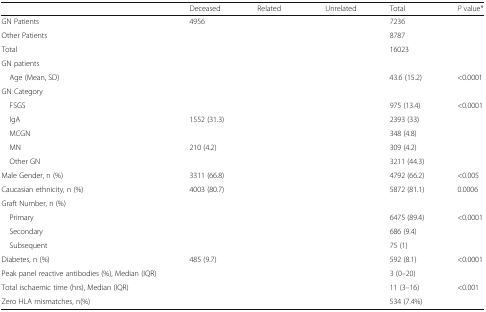
<table><thead><tr><td>[EMPTY_CELL]</td><td><b>Deceased</b></td><td><b>Related</b></td><td><b>Unrelated</b></td><td><b>Total</b></td><td><b><i>P</i> value*</b></td></tr></thead><tbody><tr><td>GN Patients</td><td>4956</td><td>[EMPTY_CELL]</td><td>[EMPTY_CELL]</td><td>7236</td><td>[EMPTY_CELL]</td></tr><tr><td>Other Patients</td><td>[EMPTY_CELL]</td><td>[EMPTY_CELL]</td><td>[EMPTY_CELL]</td><td>8787</td><td>[EMPTY_CELL]</td></tr><tr><td>Total</td><td>[EMPTY_CELL]</td><td>[EMPTY_CELL]</td><td>[EMPTY_CELL]</td><td>16023</td><td>[EMPTY_CELL]</td></tr><tr><td colspan="6">GN patients</td></tr><tr><td> Age (Mean, SD)</td><td>[EMPTY_CELL]</td><td>[EMPTY_CELL]</td><td>[EMPTY_CELL]</td><td>43.6 (15.2)</td><td>&lt;0.0001</td></tr><tr><td colspan="6">GN Category</td></tr><tr><td> FSGS</td><td>[EMPTY_CELL]</td><td>[EMPTY_CELL]</td><td>[EMPTY_CELL]</td><td>975 (13.4)</td><td>&lt;0.0001</td></tr><tr><td> IgA</td><td>1552 (31.3)</td><td>[EMPTY_CELL]</td><td>[EMPTY_CELL]</td><td>2393 (33)</td><td>[EMPTY_CELL]</td></tr><tr><td> MCGN</td><td>[EMPTY_CELL]</td><td>[EMPTY_CELL]</td><td>[EMPTY_CELL]</td><td>348 (4.8)</td><td>[EMPTY_CELL]</td></tr><tr><td> MN</td><td>210 (4.2)</td><td>[EMPTY_CELL]</td><td>[EMPTY_CELL]</td><td>309 (4.2)</td><td>[EMPTY_CELL]</td></tr><tr><td> Other GN</td><td>[EMPTY_CELL]</td><td>[EMPTY_CELL]</td><td>[EMPTY_CELL]</td><td>3211 (44.3)</td><td>[EMPTY_CELL]</td></tr><tr><td>Male Gender, n (%)</td><td>3311 (66.8)</td><td>[EMPTY_CELL]</td><td>[EMPTY_CELL]</td><td>4792 (66.2)</td><td>&lt;0.005</td></tr><tr><td>Caucasian ethnicity, n (%)</td><td>4003 (80.7)</td><td>[EMPTY_CELL]</td><td>[EMPTY_CELL]</td><td>5872 (81.1)</td><td>0.0006</td></tr><tr><td colspan="6">Graft Number, n (%)</td></tr><tr><td> Primary</td><td>[EMPTY_CELL]</td><td>[EMPTY_CELL]</td><td>[EMPTY_CELL]</td><td>6475 (89.4)</td><td>&lt;0.0001</td></tr><tr><td> Secondary</td><td>[EMPTY_CELL]</td><td>[EMPTY_CELL]</td><td>[EMPTY_CELL]</td><td>686 (9.4)</td><td>[EMPTY_CELL]</td></tr><tr><td> Subsequent</td><td>[EMPTY_CELL]</td><td>[EMPTY_CELL]</td><td>[EMPTY_CELL]</td><td>75 (1)</td><td>[EMPTY_CELL]</td></tr><tr><td>Diabetes, n (%)</td><td>485 (9.7)</td><td>[EMPTY_CELL]</td><td>[EMPTY_CELL]</td><td>592 (8.1)</td><td>&lt;0.0001</td></tr><tr><td>Peak panel reactive antibodies (%), Median (IQR)</td><td>[EMPTY_CELL]</td><td>[EMPTY_CELL]</td><td>[EMPTY_CELL]</td><td>3 (0–20)</td><td>[EMPTY_CELL]</td></tr><tr><td>Total ischaemic time (hrs), Median (IQR)</td><td>[EMPTY_CELL]</td><td>[EMPTY_CELL]</td><td>[EMPTY_CELL]</td><td>11 (3–16)</td><td>&lt;0.001</td></tr><tr><td>Zero HLA mismatches, n(%)</td><td>[EMPTY_CELL]</td><td>[EMPTY_CELL]</td><td>[EMPTY_CELL]</td><td>534 (7.4%)</td><td>[EMPTY_CELL]</td></tr></tbody></table>